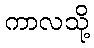
ကာလသို့